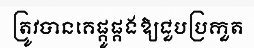
ត្រូវបានគេផ្គូផ្គងឱ្យជួបប្រកួត